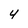
Character: 4